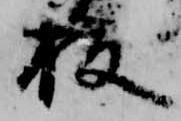
板